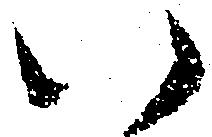
い